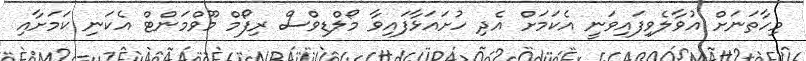
މިހާތަނަށް އުވާލެވިފައިވަނީ އެކަމަށް އެދި ހުށައަޅާފައިވާ މޯލްޑިވްސް ރިފޯމް މޫވްމަންޓް އެކަނި ކަމަށާއި